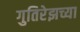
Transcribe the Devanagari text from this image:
गुतिरेझच्या